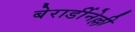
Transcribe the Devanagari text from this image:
बेरार्डीनेल्ली